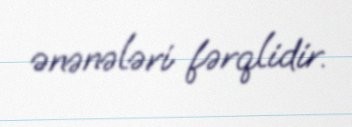
ənənələri fərqlidir.